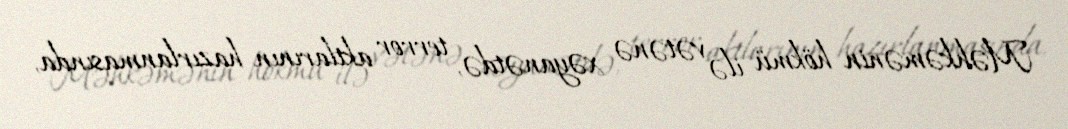
Məhkəmənin hökmü ilə vətənə xəyanətdə, terror aktlarının hazırlanmasında,